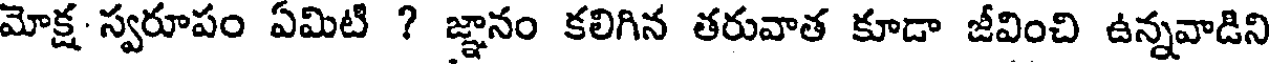
మోక్ష స్వరూపం ఏమిటి ? జ్ఞానం కలిగిన తరువాత కూడా జీవించి ఉన్నవాడిని